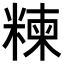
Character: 𥻂